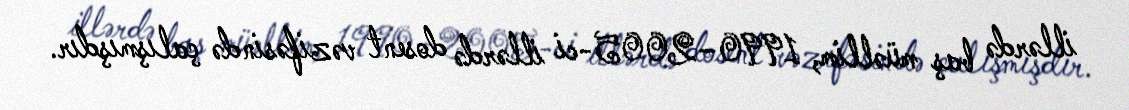
illərdə baş müəllim, 1990–2005-ci illərdə dosent vəzifəsində çalışmışdır.